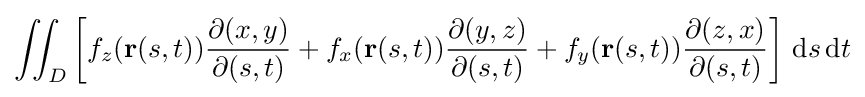
\iint _{D}\left[f_{z}(\mathbf {r} (s,t)){\frac {\partial (x,y)}{\partial (s,t)}}+f_{x}(\mathbf {r} (s,t)){\frac {\partial (y,z)}{\partial (s,t)}}+f_{y}(\mathbf {r} (s,t)){\frac {\partial (z,x)}{\partial (s,t)}}\right]\,\mathrm {d} s\,\mathrm {d} t